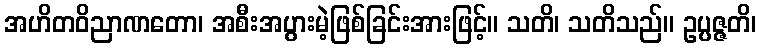
အဟိတဝိညာဏတော၊ အစီးအပွားမဲ့ဖြစ်ခြင်းအားဖြင့်။ သတိ၊ သတိသည်။ ဥပ္ပဇ္ဇတိ၊